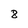
Character: 8